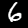
Digit: 6